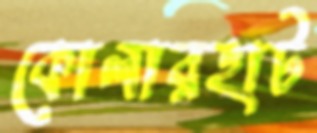
কোলারহাট